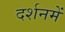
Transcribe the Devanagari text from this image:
दर्शनमें